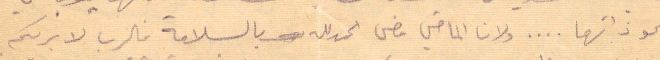
نحو ذاتهما... ولان الماضي مضى الحمدالله بالسلامة فالرب لا يريكم